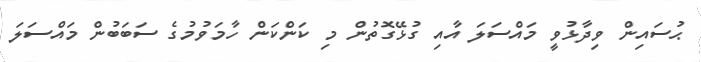
ޙުސައިން ވިދާޅުވީ މައްސަލަ އާއި ގުޅޭގޮތުން މި ކަންކަން ހާމަވުމުގެ ސަބަބުން މައްސަލަ